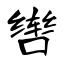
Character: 辔